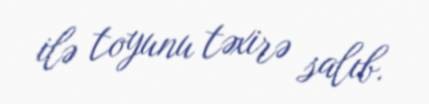
ilə toyunu təxirə salıb.